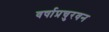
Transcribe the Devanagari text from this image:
वर्षाप्रचुरवन